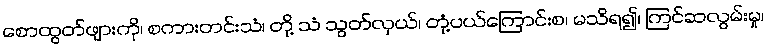
စောထွတ်ဖျားကို၊ စကားတင်းသံ၊ တို့ သံ သွတ်လှယ်၊ တုံ့ပယ်ကြောင်းစ၊ မသိရ၍၊ ကြင်ဆလွမ်းမှု၊